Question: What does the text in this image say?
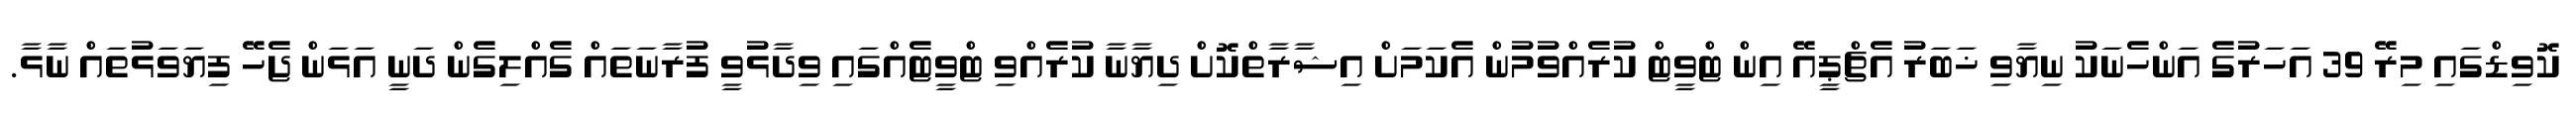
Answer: ކޮވިޑްގައި މިރޭ 39 އަހަރުގެ އަންހެނަކު ނިޔާވި ޚަބަރު އެޗްޕީއޭ އިން ޓްވީޓް ކުރެއްވުމުން އެކަމަށް އިޝާރާތްކޮށް ދިޔާނާ ކުރެއްވި ޓްވީޓެއްގައި ވިދާޅުވީ ފުރާނަތައް ގެއްލިގެން ދަނީ އަޅަން ޖެހޭ ފިޔަވަޅުތައް ނާޅާ.